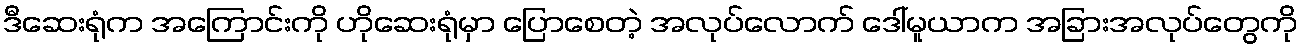
ဒီဆေးရုံက အကြောင်းကို ဟိုဆေးရုံမှာ ပြောစေတဲ့ အလုပ်လောက် ဒေါ်မူယာက အခြားအလုပ်တွေကို